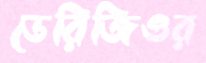
ডেরিজিওর